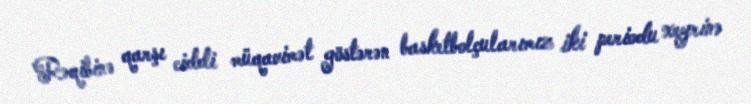
Rəqibinə qarşı ciddi müqavimət göstərən basketbolçularımız iki periodu xeyrinə